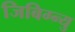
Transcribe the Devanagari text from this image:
जिबिग्न्यु